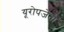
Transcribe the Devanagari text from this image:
यूरोपजेता